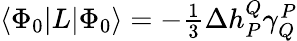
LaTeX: \begin{array}{r}{\langle{\Phi_{0}}|L|{\Phi_{0}}\rangle=-\frac{1}{3}\Delta h_{P}^{Q}\gamma_{Q}^{P}}\end{array}